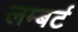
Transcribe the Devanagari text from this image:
लम्बर्ट